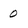
Character: 0